Triennial report on the lunatic asylums in the province of Eastern Bengal and Assam - 1903-1911
Year: 1903
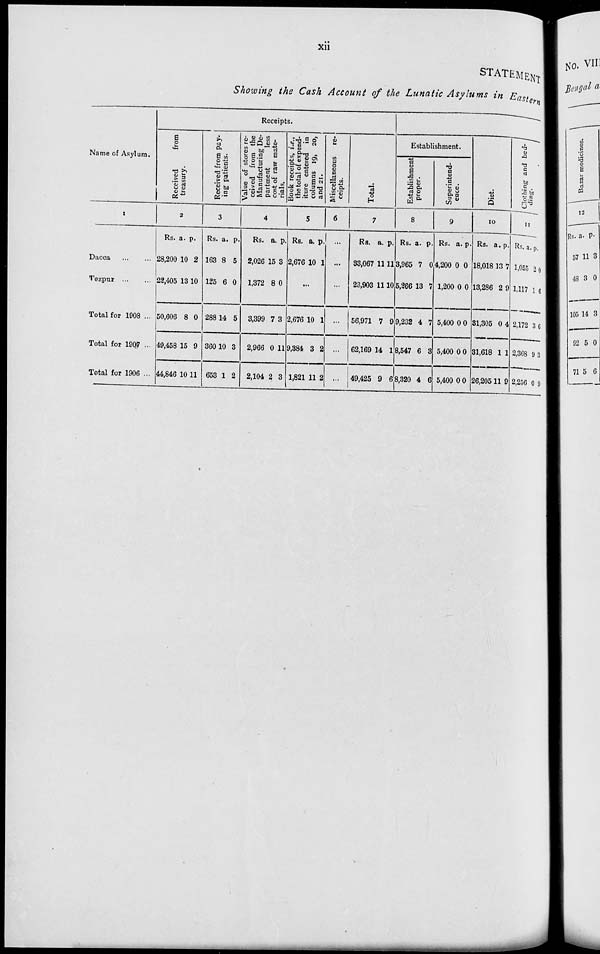
xii
STATEMENT
Showing the Cash Account of the Lunatic Asylums in Eastern
Name of Asylum.
1
Dacca
...
...
Tezpur
...
...
Total for 1908 ...
Total for 1907 ...
Total for 1906 ...
Receipts.
Received
from
treasury.
2
Rs.
28,200
22,405
50,606
49,458
44,846
a.
10
13
8
15
10
p.
2
10
0
9
11
Received from pay-
ing patients.
3
Rs.
163
125
288
360
653
a.
8
6
14
10
1
p.
5
0
5
3
2
Value of stores re-
ceived from the
Manufacturing De-
partment
less
cost of raw mate-
rials.
4
Rs.
2,026
1,372
3,399
2,966
2,104
a.
15
8
7
0
2
p.
3
0
3
11
3
Book receipts, i.e.,
the total of expend-
iture entered in
columns 19, 20,
and 21.
5
RS.
2,676
a.
10
p.
1
...
2,676
9,384
1,821
10
3
11
1
2
2
Miscellaneous re-
ceipts.
6
...
...
...
...
...
...
Total.
7
Rs.
33,067
23,903
56,971
62,169
49,425
a.
11
11
7
14
9
p.
11
10
9
1
6
Establishment.
Establishment
proper.
8
Rs.
3,965
5,266
9,232
8,547
8,320
a.
7
13
4
6
4
p.
0
7
7
3
6
Superintend-
ence.
9
Rs.
4,200
1,200
5,400
5,400
5,400
a.
0
0
0
0
0
p.
0
0
0
0
0
Diet.
10
Rs.
18,018
13,286
31,305
31,618
26,205
a.
13
2
0
1
11
p.
7
9
4
1
9
Clothing and bed-
ding.
11
Rs.
1,055
1,117
2,172
2,368
2,256
a.
2
1
3
9
0
p.
0
6
6
3
9